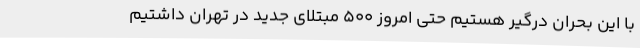
با این بحران درگیر هستیم حتی امروز 500 مبتلای جدید در تهران داشتیم